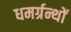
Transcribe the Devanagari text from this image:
धमर्ग्रन्थों